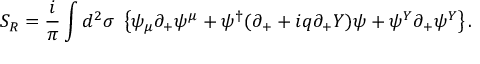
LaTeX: S _ { R } = \frac i { \pi } \int d ^ { 2 } \sigma \ \left\{ \psi _ { \mu } \partial _ { + } \psi ^ { \mu } + \psi ^ { \dag } ( \partial _ { + } + i q \partial _ { + } Y ) \psi + \psi ^ { Y } \partial _ { + } \psi ^ { Y } \right\} .